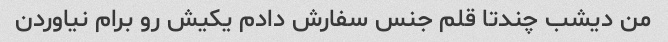
من دیشب چندتا قلم جنس سفارش دادم یکیش رو برام نیاوردن